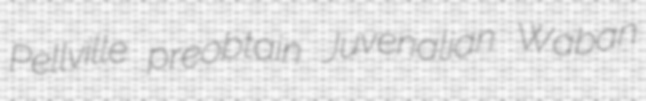
Pellville preobtain Juvenalian Waban